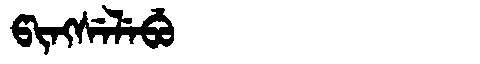
Manchu: ᡦᡳᠩᠰᡝᠯᡝᠪᡠ
Romanization: PINGSELEBU